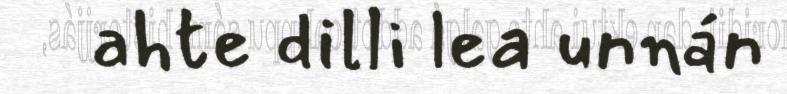
ahte dilli lea unnán